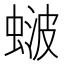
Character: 𬠚